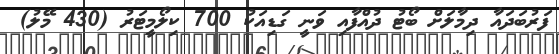
ފަރުބަދައާ ދިމާލަށް ބޯޓު ދުއްފާއި ވަނީ ގަޑިއަކު 700 ކިލޯމީޓަރު (430 މޭލު)